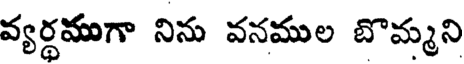
వ్యర్థముగా నిను వనముల బొమ్మని